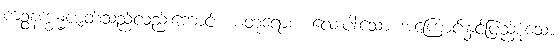
ကဉ္စနက္ခန္ဓဇာတ်သည်လည်းကောင်း။ စတုရောစ၊ လေးပါးသော အကြောင်းနှင့်ပြည့်စုံသော